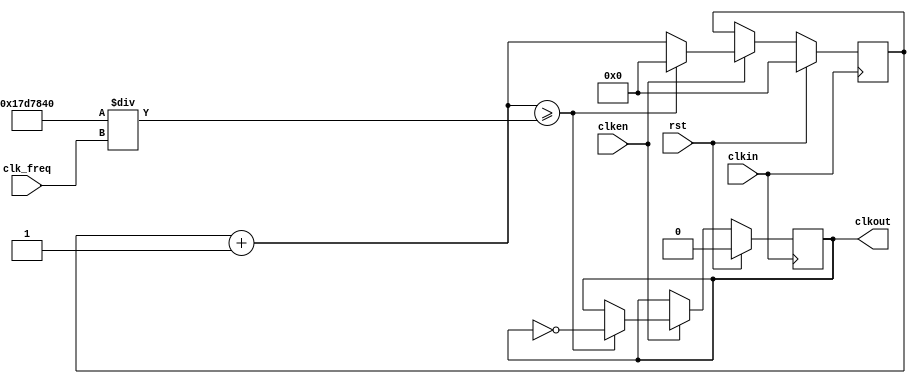
module clk_speed(
input clkin,
input rst,
input clken,
input [9:0] clk_freq,
output reg clkout
);
wire [31:0] countlimit;
assign countlimit=(25000000/clk_freq);

reg [31:0] clkcount;
always @ (posedge clkin)
begin
	if(rst)
	begin
		clkcount=0;
		clkout=1'b0;
	end
	else
	begin
		if(clken)
		begin
			clkcount=clkcount+1;
			if(clkcount>=countlimit)
			begin
				clkcount=32'd0;
				clkout=~clkout;
			end
		else
			clkout=clkout;
		end
		else
		begin
			clkcount=clkcount;
			clkout=clkout;
		end
	end
end
	
endmodule